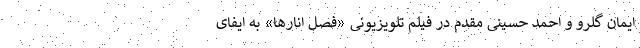
ایمان گلرو و احمد حسینی مقدم در فیلم تلویزیونی «فصل انارها» به ایفای